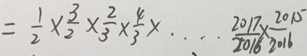
= \frac { 1 } { 2 } \times \frac { 3 } { 2 } \times \frac { 2 } { 3 } \times \frac { 4 } { 3 } \times \cdots \times \frac { 2 0 1 7 } { 2 0 1 6 } \times \frac { 2 0 1 5 } { 2 0 1 6 }